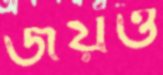
জয়ও